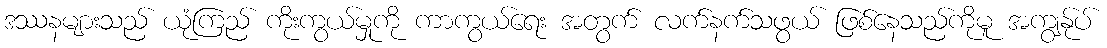
ဒဿနများသည် ယုံကြည် ကိုးကွယ်မှုကို ကာကွယ်ရေး အတွက် လက်နက်သဖွယ် ဖြစ်နေသည်ကိုမူ အကျွန်ုပ်